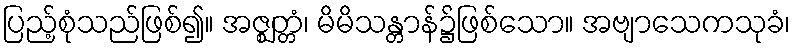
ပြည့်စုံသည်ဖြစ်၍။ အဇ္ဈတ္တံ၊ မိမိသန္တာန်၌ဖြစ်သော။ အဗျာသေကသုခံ၊